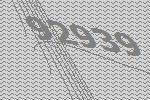
92939